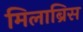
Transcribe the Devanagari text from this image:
मिलाब्रिस